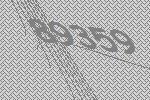
89359